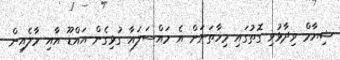
ޝިޔާމް ވިދާޅުވި ގޮތުގައި މިހާތަނަށް އެ މައްސަލައާ ގުޅިގެން އައްޑޫ އާއި މާލެއިން